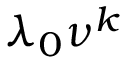
\lambda _ { 0 } \nu ^ { k }